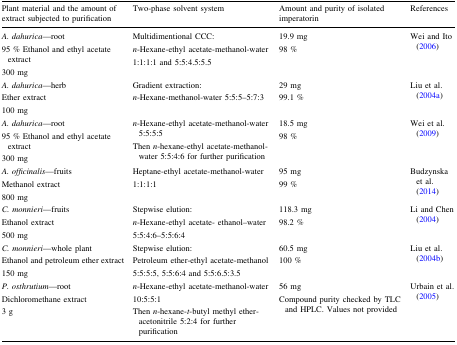
<table><thead><tr><td><b>Plant material and the amount of extract subjected to purification</b></td><td><b>Two-phase solvent system</b></td><td><b>Amount and purity of isolated imperatorin</b></td><td><b>References</b></td></tr></thead><tbody><tr><td><i>A. dahurica</i>—root95 % Ethanol and ethyl acetate extract300 mg</td><td>Multidimentional CCC:<i>n</i>-Hexane-ethyl acetate-methanol-water1:1:1:1 and 5:5:4.5:5.5</td><td>19.9 mg98 %</td><td>Wei and Ito (2006)</td></tr><tr><td><i>A. dahurica</i>—herbEther extract100 mg</td><td>Gradient extraction:<i>n</i>-Hexane-methanol-water 5:5:5–5:7:3</td><td>29 mg99.1 %</td><td>Liu et al. (2004a)</td></tr><tr><td><i>A. dahurica</i>—root95 % Ethanol and ethyl acetate extract300 mg</td><td><i>n</i>-Hexane-ethyl acetate-methanol-water 5:5:5:5Then <i>n</i>-hexane-ethyl acetate-methanol-water 5:5:4:6 for further purification</td><td>18.5 mg98 %</td><td>Wei et al. (2009)</td></tr><tr><td><i>A. officinalis</i>—fruitsMethanol extract800 mg</td><td>Heptane-ethyl acetate-methanol-water1:1:1:1</td><td>95 mg99 %</td><td>Budzynska et al. (2014)</td></tr><tr><td><i>C. monnieri</i>—fruitsEthanol extract500 mg</td><td>Stepwise elution:<i>n</i>-Hexane-ethyl acetate- ethanol–water5:5:4:6–5:5:6:4</td><td>118.3 mg98.2 %</td><td>Li and Chen (2004)</td></tr><tr><td><i>C. monnieri</i>—whole plantEthanol and petroleum ether extract150 mg</td><td>Stepwise elution:Petroleum ether-ethyl acetate-methanol5:5:5:5, 5:5:6:4 and 5:5:6.5:3.5</td><td>60.5 mg100 %</td><td>Liu et al. (2004b)</td></tr><tr><td><i>P. osthrutium</i>—rootDichloromethane extract3 g</td><td><i>n</i>-Hexane-ethyl acetate-methanol-water10:5:5:1Then <i>n</i>-hexane-<i>t</i>-butyl methyl ether-acetonitrile 5:2:4 for further purification</td><td>56 mgCompound purity checked by TLC and HPLC. Values not provided</td><td>Urbain et al. (2005)</td></tr></tbody></table>